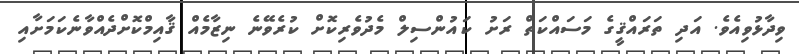
ވިދާޅުވިއެވެ. އަދި ތަރައްޤީގެ މަސައްކަތް ރަށު ކައުންސިލް މެދުވެރިކޮށް ކުރެވޭނެ ނިޒާމެއް ޤާއިމްކޮށްދެއްވާނެކަމަށާއި